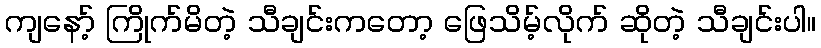
ကျနော့် ကြိုက်မိတဲ့ သီချင်းကတော့ ဖြေသိမ့်လိုက် ဆိုတဲ့ သီချင်းပါ။